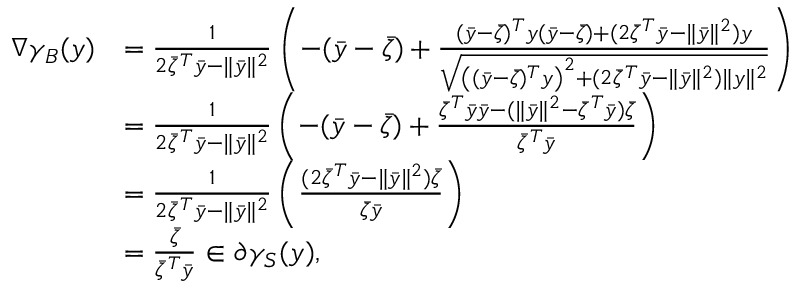
\begin{array} { r l } { \nabla \gamma _ { B } ( y ) } & { = \frac { 1 } { 2 \bar { \zeta } ^ { T } \bar { y } - \| \bar { y } \| ^ { 2 } } \left( - ( \bar { y } - \bar { \zeta } ) + \frac { ( \bar { y } - \bar { \zeta } ) ^ { T } y ( \bar { y } - \bar { \zeta } ) + ( 2 \bar { \zeta } ^ { T } \bar { y } - \| \bar { y } \| ^ { 2 } ) y } { \sqrt { \left( ( \bar { y } - \bar { \zeta } ) ^ { T } y \right) ^ { 2 } + ( 2 \bar { \zeta } ^ { T } \bar { y } - \| \bar { y } \| ^ { 2 } ) \| y \| ^ { 2 } } } \right) } \\ & { = \frac { 1 } { 2 \bar { \zeta } ^ { T } \bar { y } - \| \bar { y } \| ^ { 2 } } \left( - ( \bar { y } - \bar { \zeta } ) + \frac { \bar { \zeta } ^ { T } \bar { y } \bar { y } - ( \| \bar { y } \| ^ { 2 } - \bar { \zeta } ^ { T } \bar { y } ) \bar { \zeta } } { \bar { \zeta } ^ { T } \bar { y } } \right) } \\ & { = \frac { 1 } { 2 \bar { \zeta } ^ { T } \bar { y } - \| \bar { y } \| ^ { 2 } } \left( \frac { ( 2 \bar { \zeta } ^ { T } \bar { y } - \| \bar { y } \| ^ { 2 } ) \bar { \zeta } } { \bar { \zeta } \bar { y } } \right) } \\ & { = \frac { \bar { \zeta } } { \bar { \zeta } ^ { T } \bar { y } } \in \partial \gamma _ { S } ( y ) , } \end{array}